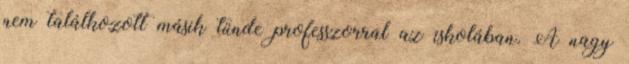
nem találkozott másik tünde professzorral az iskolában. A nagy